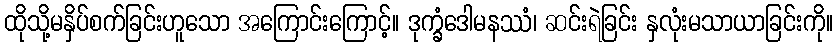
ထိုသို့မနှိပ်စက်ခြင်းဟူသော အကြောင်းကြောင့်။ ဒုက္ခံဒေါမနဿံ၊ ဆင်းရဲခြင်း နှလုံးမသာယာခြင်းကို။